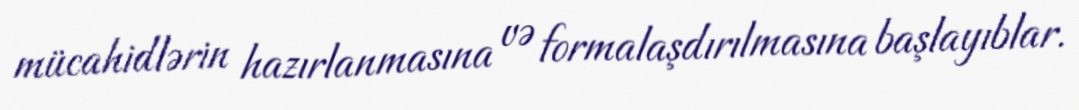
mücahidlərin hazırlanmasına və formalaşdırılmasına başlayıblar.